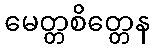
မေတ္တစိတ္တေန